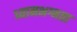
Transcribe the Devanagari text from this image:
ध्यानभग्नता